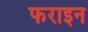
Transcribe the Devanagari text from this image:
फराइन